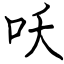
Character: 㕭